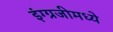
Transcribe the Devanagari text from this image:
इंग्ग्रजीमध्ये